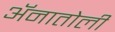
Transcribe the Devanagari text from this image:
ॲनातोली